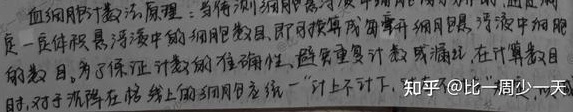
血细胞计数板原理：当待测细胞悬液中均匀分布细胞时，通过测定一定体积悬液中的细胞数目，即可换算成每毫升细胞悬液中细胞的数目。为了保证计数的准确性、避免重复计数或漏记，在计算数目时，对于压在格线上的细胞应统一“计上不计下，计左不计右”。